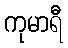
ကုမာရီ